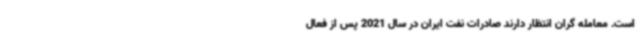
است. معامله گران انتظار دارند صادرات نفت ایران در سال 2021 پس از فعال